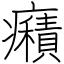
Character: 癪